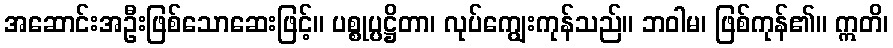
အဆောင်းအဦးဖြစ်သောဆေးဖြင့်။ ပစ္စုပ္ပဋ္ဌိတာ၊ လုပ်ကျွေးကုန်သည်။ ဘဝါမ၊ ဖြစ်ကုန်၏။ ဣတိ၊